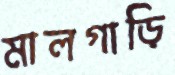
মালগাড়ি